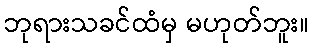
ဘုရားသခင်ထံမှ မဟုတ်ဘူး။